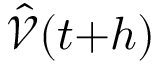
\hat { \mathcal { V } } ( t { + } h )